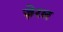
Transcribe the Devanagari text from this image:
ज़ेरल